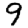
Digit: 9